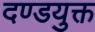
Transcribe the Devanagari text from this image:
दण्डयुक्त